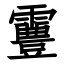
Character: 霻